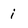
Character: i